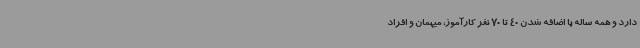
دارد و همه ساله با اضافه شدن 40 تا 70 نفر کارآموز، میهمان و افراد